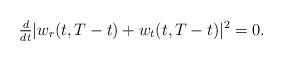
LaTeX: \begin{align*}\tfrac{d}{dt} |w_r(t,T-t) + w_t(t,T-t)|^2 = 0.\end{align*}